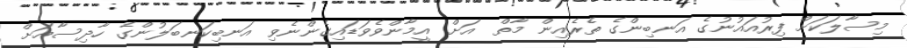
މިސާލަކަށް ފިރުއައުނުގެ އަނބިންގެ ތެރެއިން މާތް  އަށް އީމާންވެވަޑައިގެންނެވި އަނބިކަނބަލުންގެ ހާދިސާއަށް